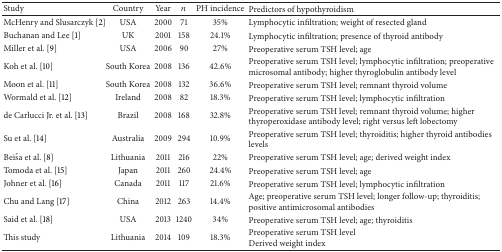
<table><thead><tr><td><b>Study</b></td><td><b>Country</b></td><td><b>Year</b></td><td><b><i>n</i></b></td><td><b>PH incidence</b></td><td><b>Predictors of hypothyroidism</b></td></tr></thead><tbody><tr><td>McHenry and Slusarczyk [2]</td><td>USA</td><td>2000</td><td>71</td><td>35%</td><td>Lymphocytic infiltration; weight of resected gland</td></tr><tr><td>Buchanan and Lee [1]</td><td>UK</td><td>2001</td><td>158</td><td>24.1%</td><td>Lymphocytic infiltration; presence of thyroid antibody</td></tr><tr><td>Miller et al. [9]</td><td>USA</td><td>2006</td><td>90</td><td>27%</td><td>Preoperative serum TSH level; age</td></tr><tr><td>Koh et al. [10]</td><td>South Korea</td><td>2008</td><td>136</td><td>42.6%</td><td>Preoperative serum TSH level; lymphocytic infiltration; preoperative microsomal antibody; higher thyroglobulin antibody level</td></tr><tr><td>Moon et al. [11]</td><td>South Korea</td><td>2008</td><td>132</td><td>36.6%</td><td>Preoperative serum TSH level; remnant thyroid volume</td></tr><tr><td>Wormald et al. [12]</td><td>Ireland</td><td>2008</td><td>82</td><td>18.3%</td><td>Preoperative serum TSH level; lymphocytic infiltration</td></tr><tr><td>de Carlucci Jr. et al. [13]</td><td>Brazil</td><td>2008</td><td>168</td><td>32.8%</td><td>Preoperative serum TSH level; remnant thyroid volume; higher thyroperoxidase antibody level; right versus left lobectomy</td></tr><tr><td>Su et al. [14]</td><td>Australia</td><td>2009</td><td>294</td><td>10.9%</td><td>Preoperative serum TSH level; thyroiditis; higher thyroid antibodies levels</td></tr><tr><td>Beiša et al. [8]</td><td>Lithuania</td><td>2011</td><td>216</td><td>22%</td><td>Preoperative serum TSH level; age; derived weight index</td></tr><tr><td>Tomoda et al. [15]</td><td>Japan</td><td>2011</td><td>260</td><td>24.4%</td><td>Preoperative serum TSH level; age</td></tr><tr><td>Johner et al. [16]</td><td>Canada</td><td>2011</td><td>117</td><td>21.6%</td><td>Preoperative serum TSH level; lymphocytic infiltration</td></tr><tr><td>Chu and Lang [17]</td><td>China</td><td>2012</td><td>263</td><td>14.4%</td><td>Age; preoperative serum TSH level; longer follow-up; thyroiditis; positive antimicrosomal antibodies</td></tr><tr><td>Said et al. [18]</td><td>USA</td><td>2013</td><td>1240</td><td>34%</td><td>Preoperative serum TSH level; age; thyroiditis</td></tr><tr><td>This study</td><td>Lithuania</td><td>2014</td><td>109</td><td>18.3% </td><td>Preoperative serum TSH levelDerived weight index</td></tr></tbody></table>